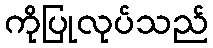
ကိုပြုလုပ်သည်